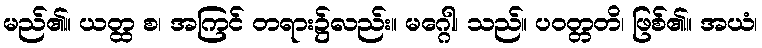
မည်၏။ ယတ္ထ စ၊ အကြင် တရား၌လည်း။ မဂ္ဂေါ၊ သည်။ ပဝတ္တတိ၊ ဖြစ်၏။ အယံ၊